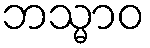
ဘသ္မာဝ